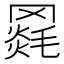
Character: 𦌓